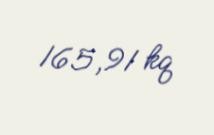
165,91 kq